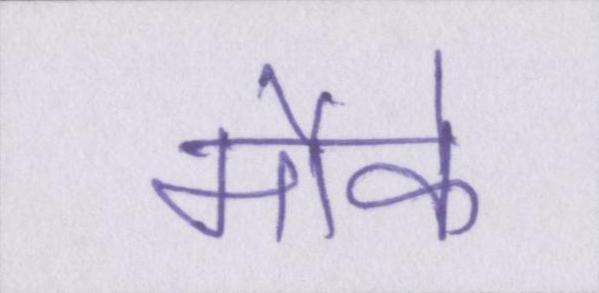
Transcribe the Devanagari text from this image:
मौके